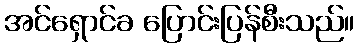
အင်ရှောင်ခ ပြောင်းပြန်စီးသည်။